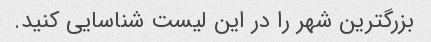
بزرگترین شهر را در این لیست شناسایی کنید.